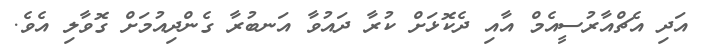
އަދި އެޗްއާރުސީއެމް އާއި ދެކޮޅަށް ކުރާ ދައުވާ އަނބުރާ ގެންދިއުމަށް ގޮވާލި އެވެ.